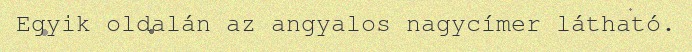
Egyik oldalán az angyalos nagycímer látható.